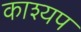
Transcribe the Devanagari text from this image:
काश्‍यप